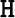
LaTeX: \mathtt{H}